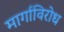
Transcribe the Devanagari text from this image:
मार्गाविरोध